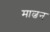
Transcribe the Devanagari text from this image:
माल्वन